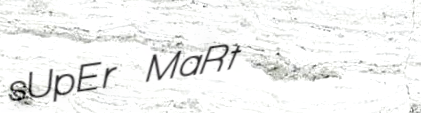
sUpEr MaRt